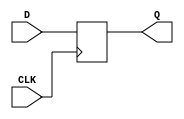
module neg_edge_d_ff (
    input wire D,
    input wire CLK,
    output reg Q
);

always @ (negedge CLK)
    Q <= D;

endmodule